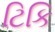
ટિકિ